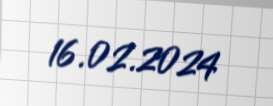
16.02.2024